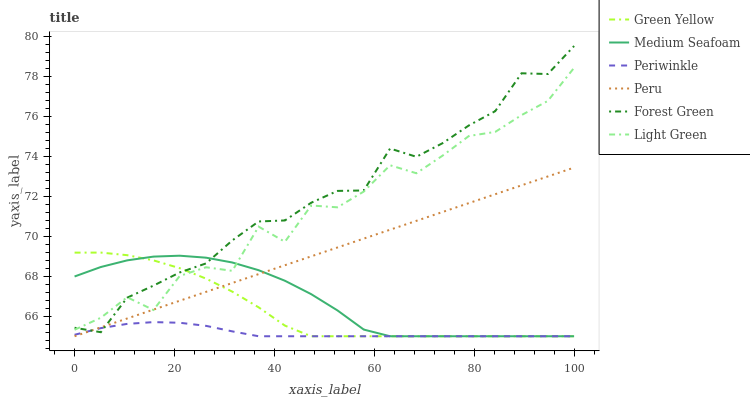
| xaxis_label | Green Yellow | Medium Seafoam | Periwinkle | Peru | Forest Green | Light Green |
 | --- | --- | --- | --- | --- | --- | --- |
 | 0 | 69.2 | 68 | 65.1 | 65 | 65.4 | 65.3 |
 | 5.26 | 69.2 | 68.5 | 65.4 | 65.4 | 65.2 | 65.9 |
 | 10.5 | 69.1 | 68.8 | 65.6 | 65.9 | 66.9 | 67 |
 | 15.8 | 68.8 | 69 | 65.7 | 66.3 | 67.5 | 66.3 |
 | 21.1 | 68.4 | 69 | 65.7 | 66.8 | 68.2 | 68 |
 | 26.3 | 67.9 | 68.9 | 65.5 | 67.2 | 68.6 | 68.4 |
 | 31.6 | 67.2 | 68.7 | 65.2 | 67.7 | 69.8 | 68.3 |
 | 36.8 | 66.4 | 68.3 | 65 | 68.1 | 70.7 | 70.5 |
 | 42.1 | 65.5 | 67.8 | 65 | 68.6 | 70.8 | 69.7 |
 | 47.4 | 65 | 67.1 | 65 | 69 | 71.7 | 71.5 |
 | 52.6 | 65 | 66.3 | 65 | 69.4 | 72.3 | 71.4 |
 | 57.9 | 65 | 65.3 | 65 | 69.9 | 72.3 | 72.2 |
 | 63.2 | 65 | 65 | 65 | 70.3 | 74.4 | 73.5 |
 | 68.4 | 65 | 65 | 65 | 70.8 | 74 | 73.1 |
 | 73.7 | 65 | 65 | 65 | 71.2 | 74.7 | 74 |
 | 78.9 | 65 | 65 | 65 | 71.7 | 75.5 | 75 |
 | 84.2 | 65 | 65 | 65 | 72.1 | 76.3 | 75.2 |
 | 89.5 | 65 | 65 | 65 | 72.5 | 78.1 | 76.1 |
 | 94.7 | 65 | 65 | 65 | 73 | 78.1 | 76.8 |
 | 100 | 65 | 65 | 65 | 73.4 | 79.5 | 78.4 |